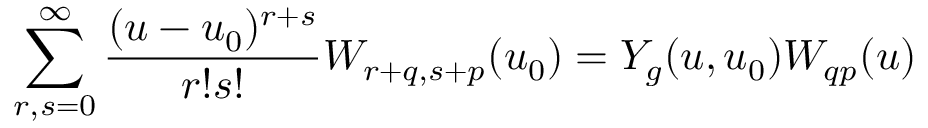
\sum _ { r , s = 0 } ^ { \infty } { \frac { ( u - u _ { 0 } ) ^ { r + s } } { r ! s ! } } W _ { r + q , s + p } ( u _ { 0 } ) = Y _ { g } ( u , u _ { 0 } ) W _ { q p } ( u )